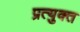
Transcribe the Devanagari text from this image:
प्रत्युक्त